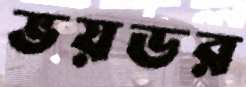
ভয়ডর